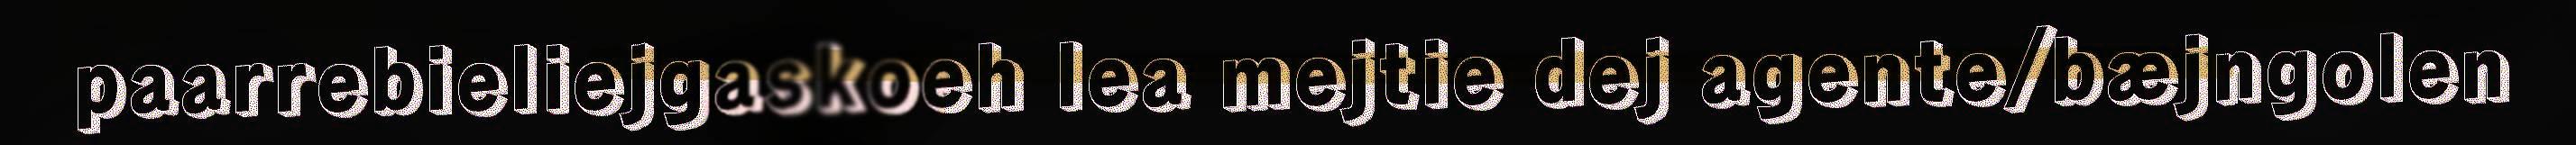
paarrebieliejgaskoeh lea mejtie dej agente/bæjngolen